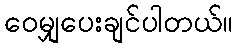
ဝေမျှပေးချင်ပါတယ်။